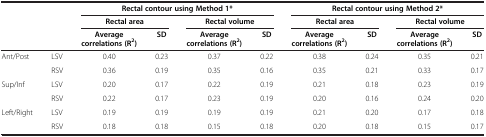
<table><thead><tr><td rowspan="3" colspan="2"><b> </b></td><td colspan="4"><b>Rectal contour using Method 1*</b></td><td colspan="4"><b>Rectal contour using Method 2*</b></td></tr><tr><td colspan="2"><b>Rectal area</b></td><td colspan="2"><b>Rectal volume</b></td><td colspan="2"><b>Rectal area</b></td><td colspan="2"><b>Rectal volume</b></td></tr><tr><td><b>Average correlations (R<sup>2</sup>)</b></td><td><b>SD</b></td><td><b>Average correlations (R<sup>2</sup>)</b></td><td><b>SD</b></td><td><b>Average correlations (R<sup>2</sup>)</b></td><td><b>SD</b></td><td><b>Average correlations (R<sup>2</sup>)</b></td><td><b>SD</b></td></tr></thead><tbody><tr><td>Ant/Post</td><td>LSV</td><td>0.40</td><td>0.23</td><td>0.37</td><td>0.22</td><td>0.38</td><td>0.24</td><td>0.35</td><td>0.21</td></tr><tr><td> </td><td>RSV</td><td>0.36</td><td>0.19</td><td>0.35</td><td>0.16</td><td>0.35</td><td>0.21</td><td>0.33</td><td>0.17</td></tr><tr><td>Sup/Inf</td><td>LSV</td><td>0.20</td><td>0.17</td><td>0.22</td><td>0.19</td><td>0.21</td><td>0.18</td><td>0.23</td><td>0.19</td></tr><tr><td> </td><td>RSV</td><td>0.22</td><td>0.17</td><td>0.23</td><td>0.19</td><td>0.20</td><td>0.16</td><td>0.24</td><td>0.20</td></tr><tr><td>Left/Right</td><td>LSV</td><td>0.19</td><td>0.19</td><td>0.19</td><td>0.19</td><td>0.21</td><td>0.20</td><td>0.17</td><td>0.18</td></tr><tr><td> </td><td>RSV</td><td>0.18</td><td>0.18</td><td>0.15</td><td>0.18</td><td>0.20</td><td>0.18</td><td>0.15</td><td>0.17</td></tr></tbody></table>